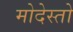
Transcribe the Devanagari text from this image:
मोदेस्तो